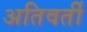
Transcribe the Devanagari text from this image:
अतिवर्ती